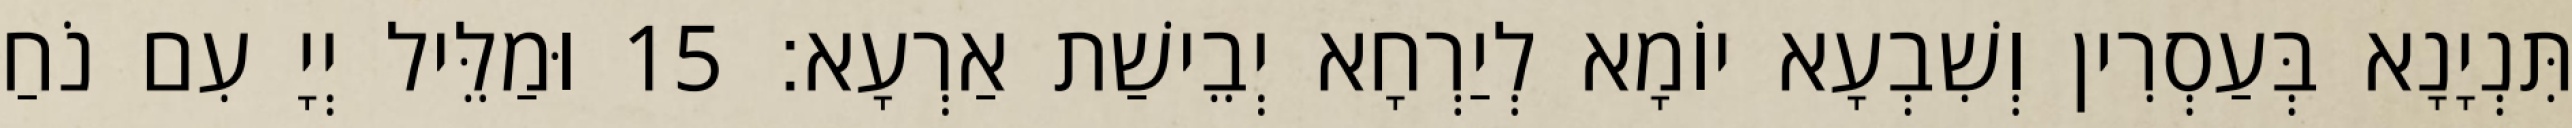
תִּנְיָנָא בְּעַסְרִין וְשִׁבְעָא יוֹמָא לְיַרְחָא יְבֵישַׁת אַרְעָא׃ 15 וּמַלֵּיל יְיָ עִם נֹחַ